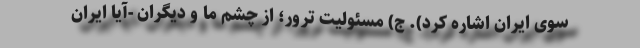
سوی ایران اشاره کرد). ج) مسئولیتِ ترور؛ از چشم ما و دیگران -آیا ایران